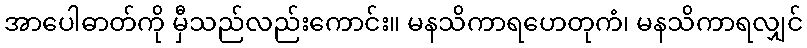
အာပေါဓာတ်ကို မှီသည်လည်းကောင်း။ မနသိကာရဟေတုကံ၊ မနသိကာရလျှင်